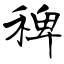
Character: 稗